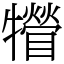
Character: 㹙